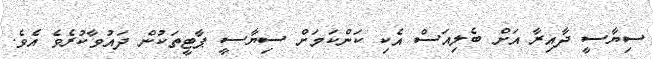
ސިޔާސީ ދާއިރާ އަށް ބެލިއަސް އެކި ކަންކަމަށް ސިޔާސީ ޕާޓީތަކުން ދައުވާކުރެވެ އެވެ.